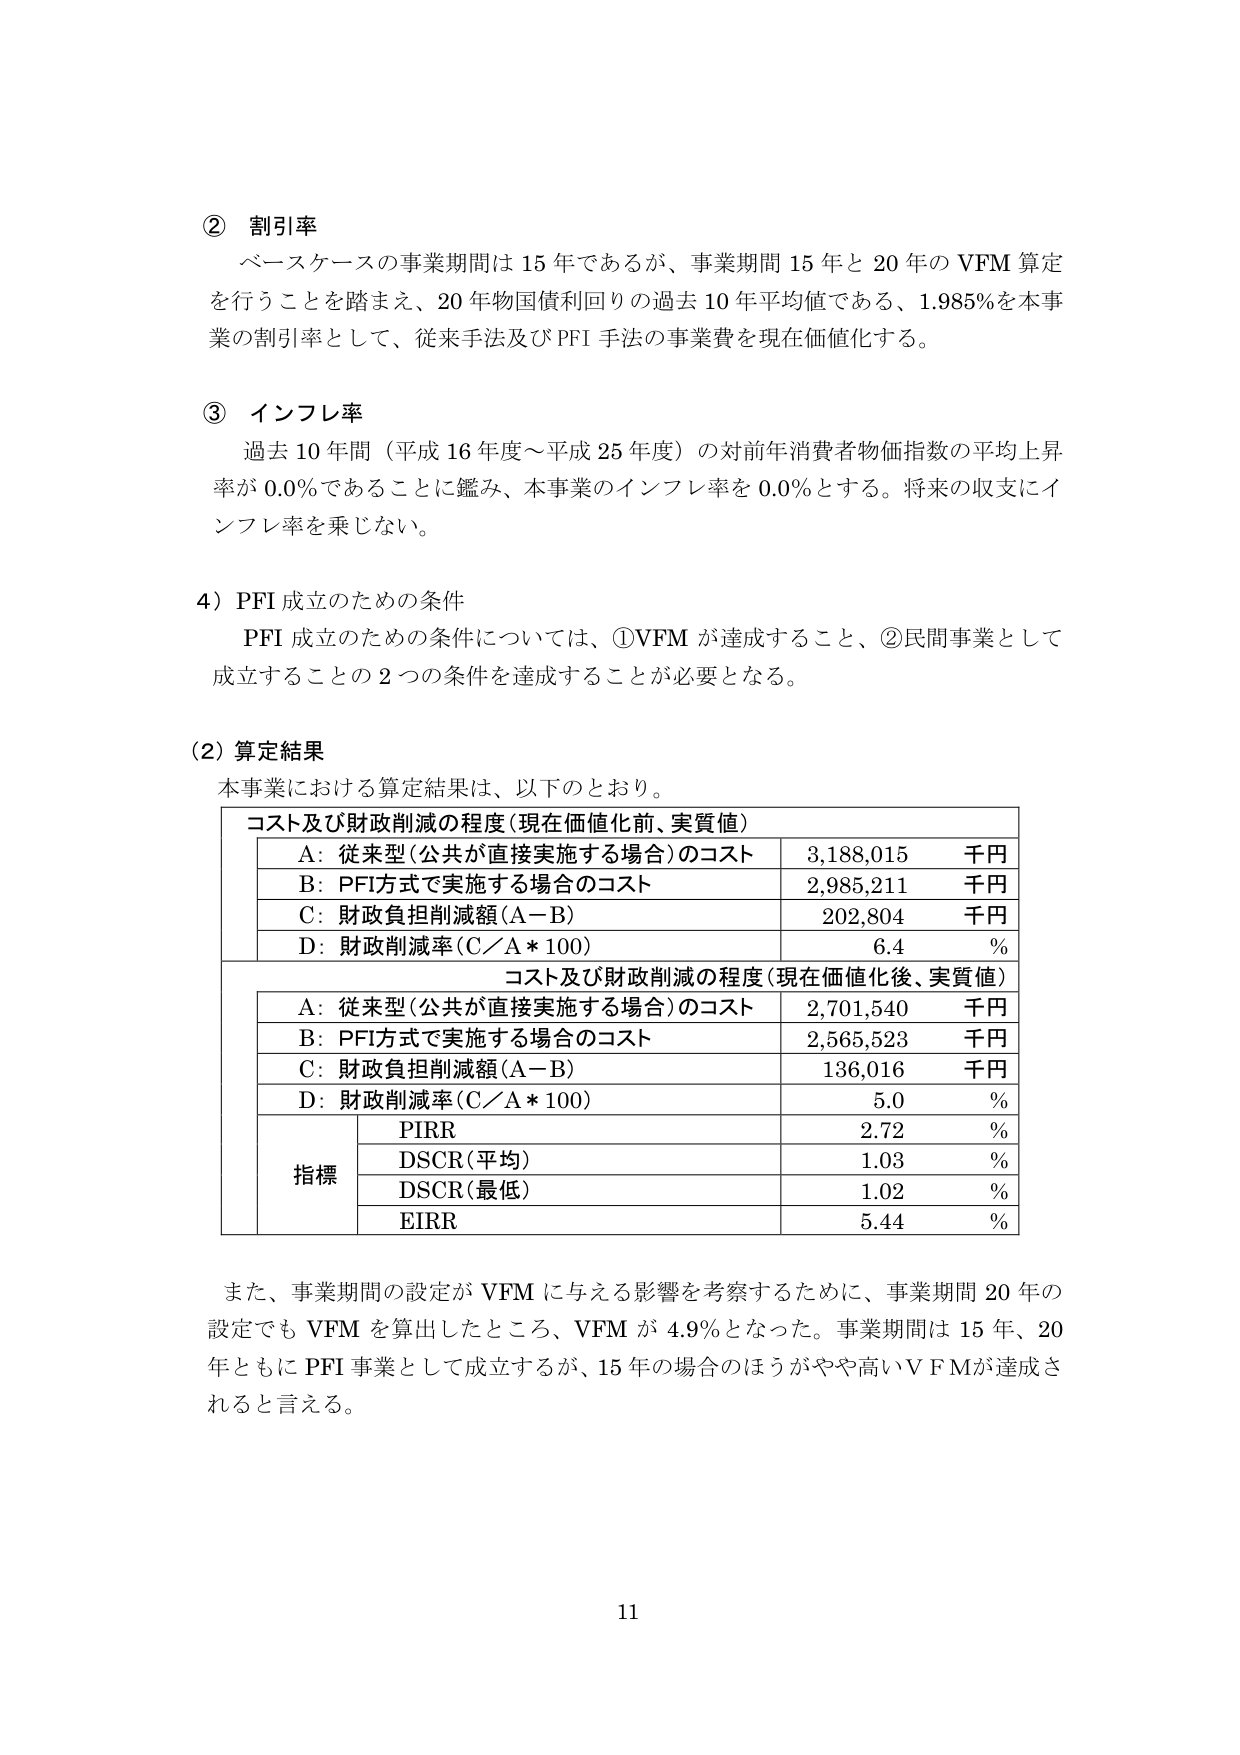
② 割引率
ベースケースの事業期間は 15 年であるが、事業期間 15 年と 20 年の VFM 算定を行うことを踏まえ、20 年物国債利回りの過去 10 年平均値である、1.985%を本事業の割引率として、従来手法及び PFI 手法の事業費を現在価値化する。

③ インフレ率
過去 10 年間（平成 16 年度～平成 25 年度）の対前年消費者物価指数の平均上昇率が 0.0%であることに鑑み、本事業のインフレ率を 0.0%とする。将来の収支にインフレ率を乗じない。

4) PFI 成立のための条件
PFI 成立のための条件については、①VFM が達成すること、②民間事業として成立することの 2 つの条件を達成することが必要となる。

(2) 算定結果
本事業における算定結果は、以下のとおり。

コスト及び財政削減の程度（現在価値化前、実質値）
A: 従来型（公共が直接実施する場合）のコスト 3,188,015 千円
B: PFI方式で実施する場合のコスト 2,985,211 千円
C: 財政負担削減額（A－B） 202,804 千円
D: 財政削減率（C／A * 100） 6.4 %

コスト及び財政削減の程度（現在価値化後、実質値）
A: 従来型（公共が直接実施する場合）のコスト 2,701,540 千円
B: PFI方式で実施する場合のコスト 2,565,523 千円
C: 財政負担削減額（A－B） 136,016 千円
D: 財政削減率（C／A * 100） 5.0 %

指標
PIRR 2.72 %
DSCR（平均） 1.03 %
DSCR（最低） 1.02 %
EIRR 5.44 %

また、事業期間の設定が VFM に与える影響を考察するために、事業期間 20 年の設定でも VFM を算出したところ、VFM が 4.9%となった。事業期間は 15 年、20 年ともに PFI 事業として成立するが、15 年の場合のほうがやや高い VFM が達成されると言える。

11